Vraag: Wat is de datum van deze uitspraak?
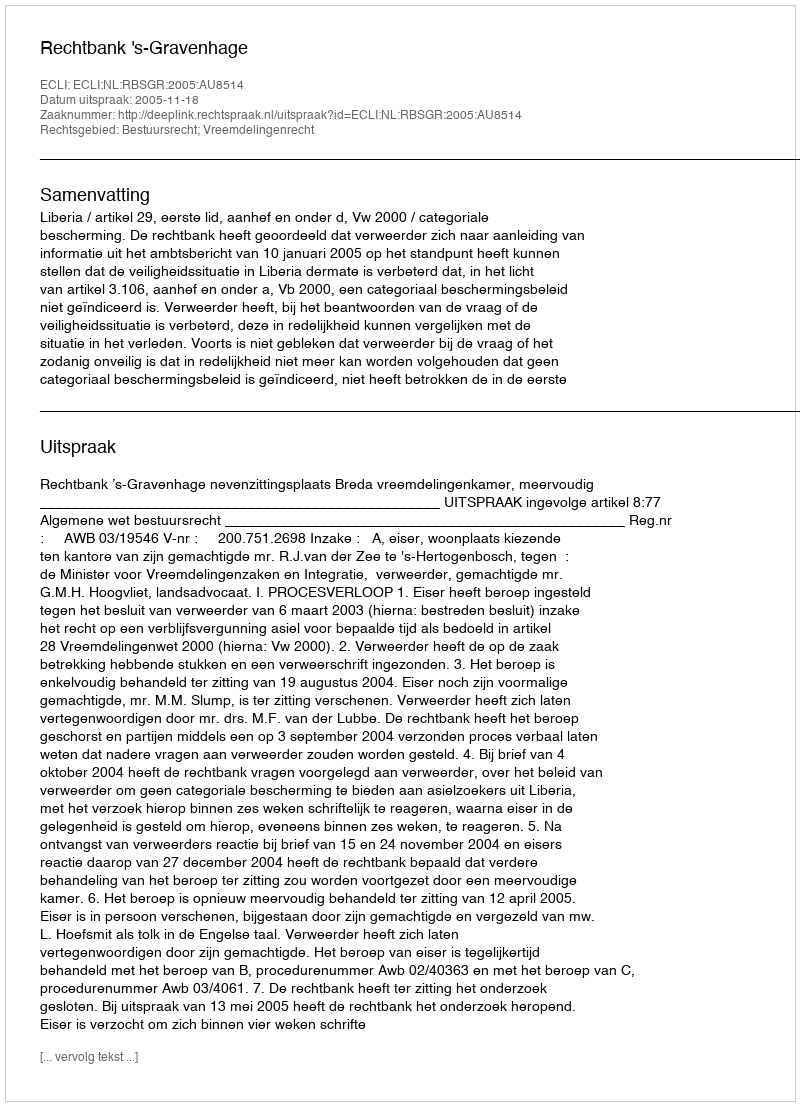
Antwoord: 2005-11-18